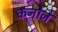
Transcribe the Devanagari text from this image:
कनोजे